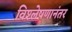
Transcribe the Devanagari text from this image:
विश्लेषणानंतर